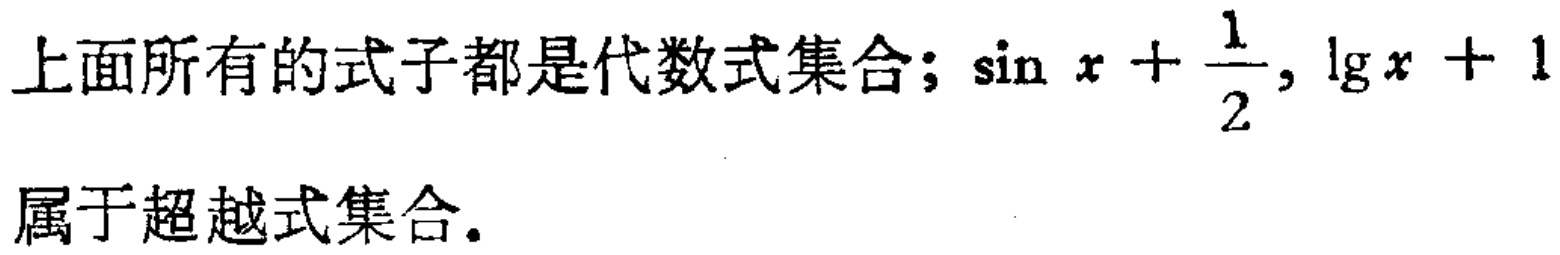
上面所有的式子都是代数式集合；\(\sin x+\frac{1}{2},\lg x + 1\)属于超越式集合。